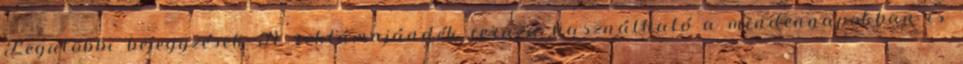
Legutóbbi bejegyzések A reklámajándék ceruza használható a mindennapokban is